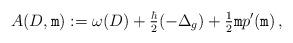
LaTeX: \begin{align*}A(D,\mathtt{m}):= \omega(D) +\tfrac{\hbar}{2} (- \Delta_g) +\tfrac{1}{2}\mathtt{m}p'(\mathtt{m})\,, \end{align*}